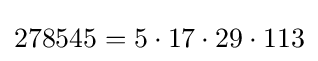
278545=5\cdot 17\cdot 29\cdot 113